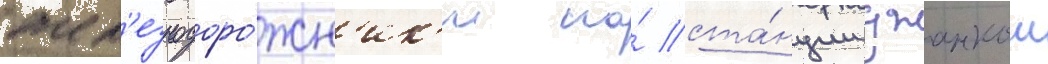
жел'езнодоро́жн'ик'и на́ ста́нции джанкои